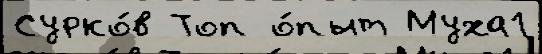
Сурко́в Топ о́пыт Муха1